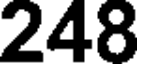
248